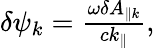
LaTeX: \begin{array}{r}{\delta\psi_{k}=\frac{\omega\delta A_{\parallel{k}}}{ck_{\parallel}},}\end{array}